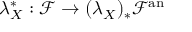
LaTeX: \lambda _ { X } ^ { * } : { \mathcal { F } } \rightarrow ( \lambda _ { X } ) _ { * } { \mathcal { F } } ^ { \mathrm { a n } }